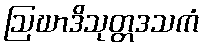
ဩဃာဒိသုတ္တဒသကံ